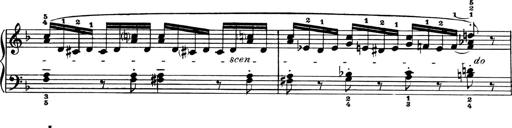
Title: 4 Sonatines
Composer: Max Reger